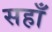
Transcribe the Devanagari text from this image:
सहाँ